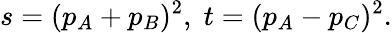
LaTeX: s=(p_{A}+p_{B})^{2},\; t=(p_{A}-p_{C})^{2}.